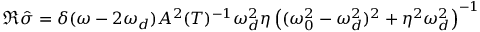
\Re \hat { \sigma } = \delta ( \omega - 2 \omega _ { d } ) A ^ { 2 } ( T ) ^ { - 1 } \omega _ { d } ^ { 2 } \eta \left( ( \omega _ { 0 } ^ { 2 } - \omega _ { d } ^ { 2 } ) ^ { 2 } + \eta ^ { 2 } \omega _ { d } ^ { 2 } \right) ^ { - 1 }